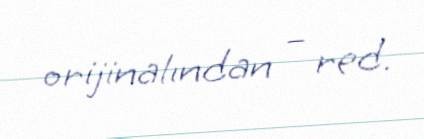
orijinalından – red.